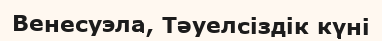
Венесуэла, Тәуелсіздік күні